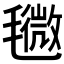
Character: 𣰒